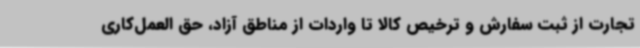
تجارت از ثبت سفارش و ترخیص کالا تا واردات از مناطق آزاد، حق العمل‌کاری